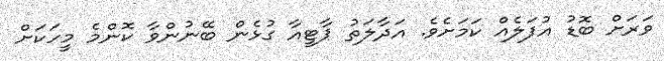
ވަރަށް ބޮޑު އުފަލެއް ކަމަށެވެ. އަދާލަތު ޕާޓީއާ ގުޅެން ބޭނުންވާ ކޮންމެ މީހަކަށް